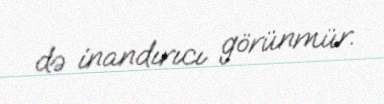
də inandırıcı görünmür.